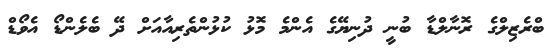
ބްރެޒިލްގެ ރޮނާލްޑާ ބުނީ ދުނިޔޭގެ އެންމެ މޮޅު ކުޅުންތެރިއާއަށް ދޭ ބެލެންޑޯ އެވޯޑް